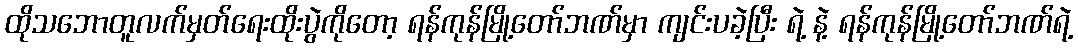
ထိုသဘောတူလက်မှတ်ရေးထိုးပွဲကိုတော့ ရန်ကုန်မြို့တော်ဘဏ်မှာ ကျင်းပခဲ့ပြီး ရဲ့ နဲ့ ရန်ကုန်မြို့တော်ဘဏ်ရဲ့